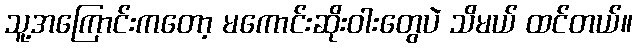
သူ့အကြောင်းကတော့ မကောင်းဆိုးဝါးတွေပဲ သိမယ် ထင်တယ်။